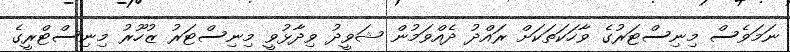
ނަމަވެސް މިނިސްޓަރުގެ ވާހަކަތަކަށް ރައްދު ދެއްވަމުން ޝަވީދު ވިދާޅުވީ މިނިސްޓަރު ޒުހޫރު މިނިސްޓްރީގެ